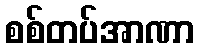
စစ်တပ်အာဏာ